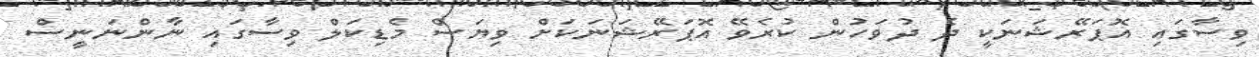
ވިސާގައި އޮޕަރޭޝަނަކީ ދެ ދުވަހުން ކުރެވޭ އޮޕަރޭޝަނަކަށް ވިޔަސް މެޑިކަލް ވިސާގައި ނާންނަނީސް